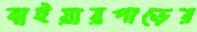
বাইয়ারপাড়ের